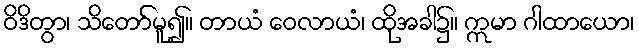
ဝိဒိတွာ၊ သိတော်မူ၍။ တာယံ ဝေလာယံ၊ ထိုအခါ၌။ ဣမာ ဂါထာယော၊